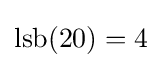
{\text{lsb}}(20)=4